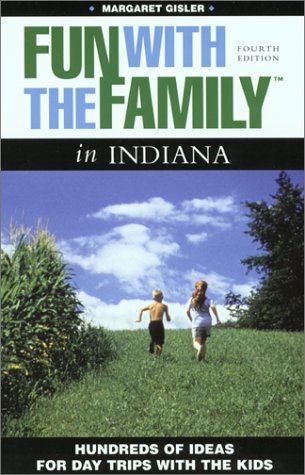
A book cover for Fun with the Family in Indiana, 4th: Hundreds of Ideas for Day Trips with the Kids (Fun with the Family Series); Margaret Gisler; Travel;